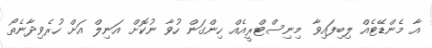
އާ މެންޑޭޓެއް ލިބިފައިވާ މިނިސްޓްރީއެއް ހިންގަން ހުވާ ނުކޮށް އަނިލް އަށް ހުރެވިދާނެތޯ